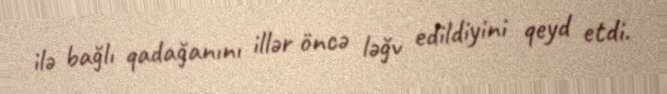
ilə bağlı qadağanını illər öncə ləğv edildiyini qeyd etdi.